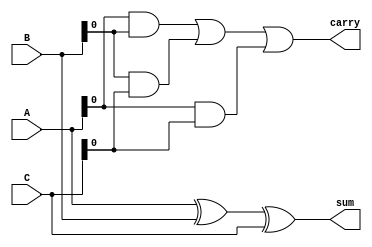
module carry_save_adder(
    input [7:0] A,   // First operand
    input [7:0] B,   // Second operand
    input [7:0] C,   // Third operand
    output [7:0] sum, // Sum output
    output carry      // Carry output
);
    assign sum = A ^ B ^ C; // Sum output
    assign carry = (A & B) | (B & C) | (A & C); // Carry output
endmodule